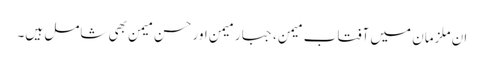
ان ملزمان میں آفتاب میمن، جبار میمن اور حسن میمن بھی شامل ہیں۔